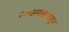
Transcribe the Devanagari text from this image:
२००३सालापासून